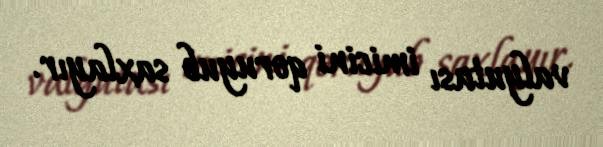
valyutası imicini qoruyub saxlayır.